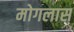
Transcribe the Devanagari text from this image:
मोगलास